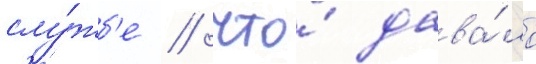
слу́жб'е / что́ дава́ло